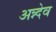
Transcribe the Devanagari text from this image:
अन्न्देव